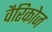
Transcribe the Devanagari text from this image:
वैरिकोज